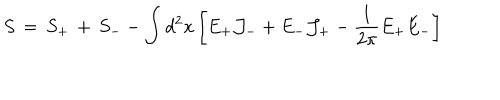
S \, = \, S _ { + } \, + \, S _ { - } - \int d ^ { 2 } x \left[ E _ { + } { \cal J } _ { - } + E _ { - } { \cal J } _ { + } - { \frac { 1 } { 2 \pi } } E _ { + } E _ { - } \right]